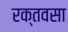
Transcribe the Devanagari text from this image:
रक्तवसा